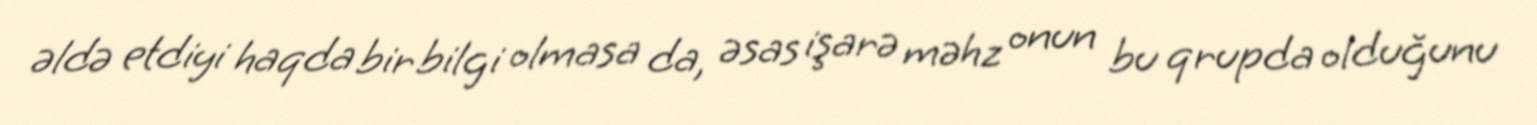
əldə etdiyi haqda bir bilgi olmasa da, əsas işarə məhz onun bu qrupda olduğunu